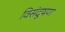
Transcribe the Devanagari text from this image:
विसंदूषण